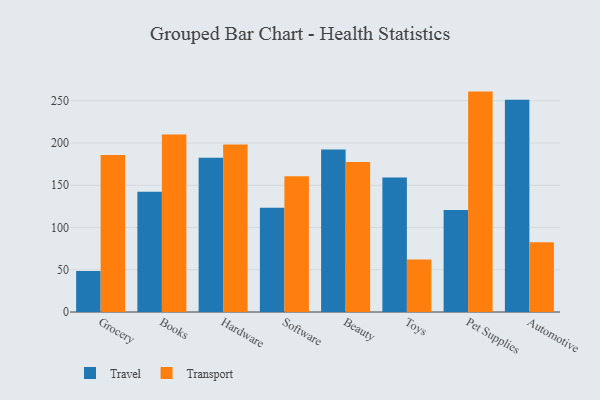
{"axis": {"x": "Category", "y": "Tickets Resolved"}, "legend": ["Transport", "Travel"], "data": [{"x": "Grocery", "y": 48.6, "type": "Travel"}, {"x": "Grocery", "y": 185.8, "type": "Transport"}, {"x": "Books", "y": 142.4, "type": "Travel"}, {"x": "Books", "y": 209.9, "type": "Transport"}, {"x": "Hardware", "y": 182.5, "type": "Travel"}, {"x": "Hardware", "y": 198.1, "type": "Transport"}, {"x": "Software", "y": 123.3, "type": "Travel"}, {"x": "Software", "y": 160.7, "type": "Transport"}, {"x": "Beauty", "y": 192.2, "type": "Travel"}, {"x": "Beauty", "y": 177.5, "type": "Transport"}, {"x": "Toys", "y": 159.2, "type": "Travel"}, {"x": "Toys", "y": 62.1, "type": "Transport"}, {"x": "Pet Supplies", "y": 120.6, "type": "Travel"}, {"x": "Pet Supplies", "y": 260.8, "type": "Transport"}, {"x": "Automotive", "y": 251.3, "type": "Travel"}, {"x": "Automotive", "y": 82.4, "type": "Transport"}]}